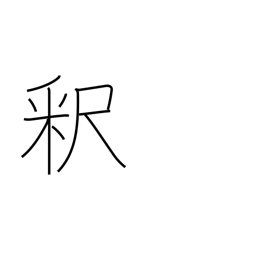
Meaning: explanation